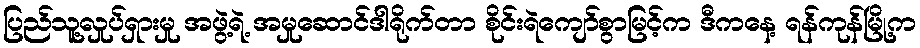
ပြည်သူ့လှုပ်ရှားမှု အဖွဲ့ရဲ့ အမှုဆောင်ဒါရိုက်တာ စိုင်းရဲကျော်စွာမြင့်က ဒီကနေ့ ရန်ကုန်မြို့က